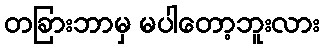
တခြားဘာမှ မပါတော့ဘူးလား